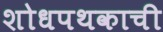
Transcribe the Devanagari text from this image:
शोधपथकाची